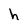
Character: h